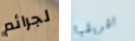
لجرائم افريقيا